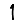
Digit: 1